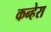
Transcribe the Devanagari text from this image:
कन्हेरा